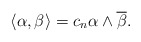
\begin{align*} \langle \alpha,\beta \rangle = c_{n} \alpha\wedge \overline{\beta}. \end{align*}